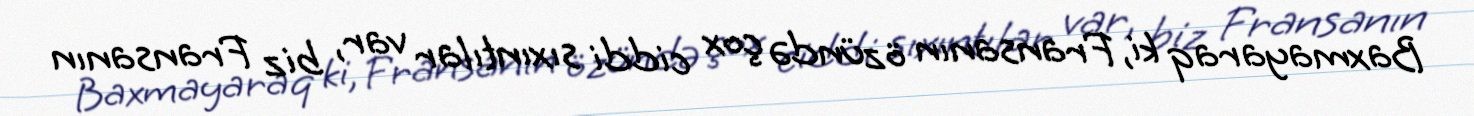
Baxmayaraq ki, Fransanın özündə çox ciddi sıxıntılar var, biz Fransanın